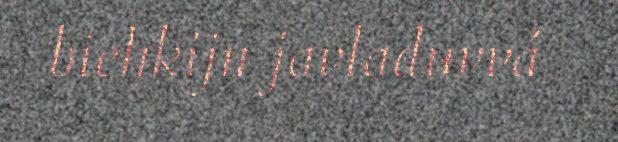
biehkijn javladuvvá